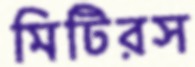
মিটিরস